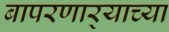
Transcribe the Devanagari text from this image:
बापरणार्‍याच्या